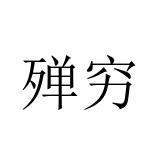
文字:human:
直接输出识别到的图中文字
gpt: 殚穷